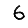
Digit: 6